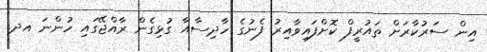
އިން ސަރުކާރަށް ތައުރީފް ކޮށްފައިވާއިރު ފެނުގެ ހާދިސާއާ ގުޅިގެން ރާއްޖޭގައި ހުންނަ އދ.